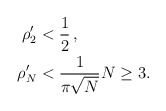
\begin{align*} \rho_2'&<\frac{1}{2}\,,\\\rho_N'&<\frac{1}{\pi\sqrt{N}}N\geq 3. \end{align*}